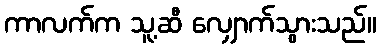
ကာလက်က သူ့ဆီ လျှောက်သွားသည်။